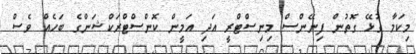
މިކަމާ ގުޅޭ ގޮތުން ފިނޭންސް މިނިސްޓްރީ އަދި އަމީން ކޮންސްޓްރަކްޝަންގެ ބަހެއް ވެސް